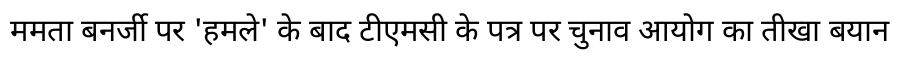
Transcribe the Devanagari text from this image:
ममता बनर्जी पर 'हमले' के बाद टीएमसी के पत्र पर चुनाव आयोग का तीखा बयान